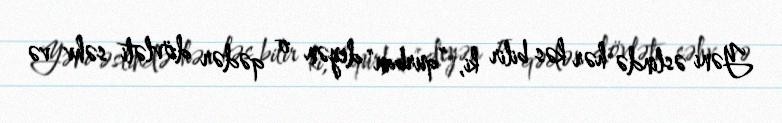
Yəni əslində hər kəs bilir ki, ”qurban” deyən o qədər dövləti səhv və